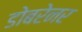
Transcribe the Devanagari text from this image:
डोबरेनर